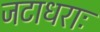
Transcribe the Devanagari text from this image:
जटाधराः